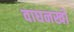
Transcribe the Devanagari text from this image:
वाघनखो